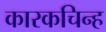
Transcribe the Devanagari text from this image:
कारकचिन्ह